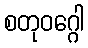
စတုဝဂ္ဂေါ